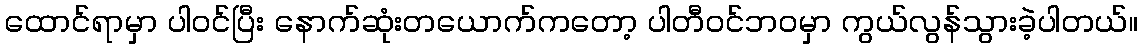
ထောင်ရာမှာ ပါဝင်ပြီး နောက်ဆုံးတယောက်ကတော့ ပါတီဝင်ဘဝမှာ ကွယ်လွန်သွားခဲ့ပါတယ်။